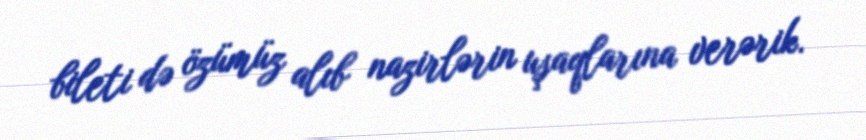
bileti də özümüz alıb nazirlərin uşaqlarına verərik.